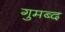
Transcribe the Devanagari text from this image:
गुमब्द